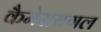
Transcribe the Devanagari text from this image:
कैमेरायगल